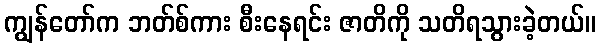
ကျွန်တော်က ဘတ်စ်ကား စီးနေရင်း ဇာတိကို သတိရသွားခဲ့တယ်။